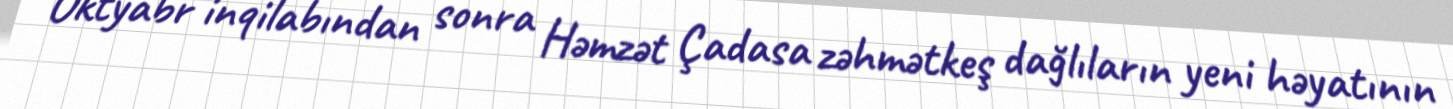
Oktyabr inqilabından sonra Həmzət Çadasa zəhmətkeş dağlıların yeni həyatının